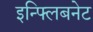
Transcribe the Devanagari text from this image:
इन्फ्लिबनेट